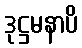
ဒုဋ္ဌမနာပိ